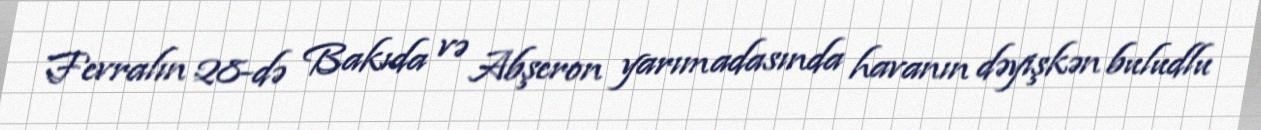
Fevralın 28-də Bakıda və Abşeron yarımadasında havanın dəyişkən buludlu